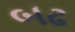
બઢ